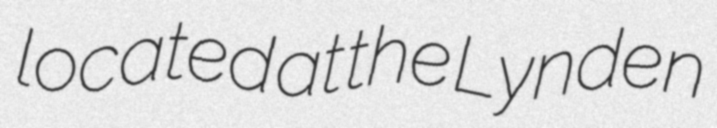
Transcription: located at the Lynden